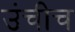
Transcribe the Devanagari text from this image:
उंचीच